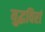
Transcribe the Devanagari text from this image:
युद्धविरां